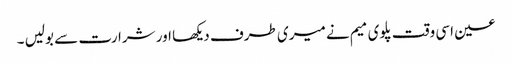
عین اسی وقت پلوی میم نے میری طرف دیکھا اور شرارت سے بولیں ۔